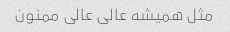
مثل همیشه عالی عالی ممنون